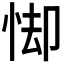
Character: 𪫸